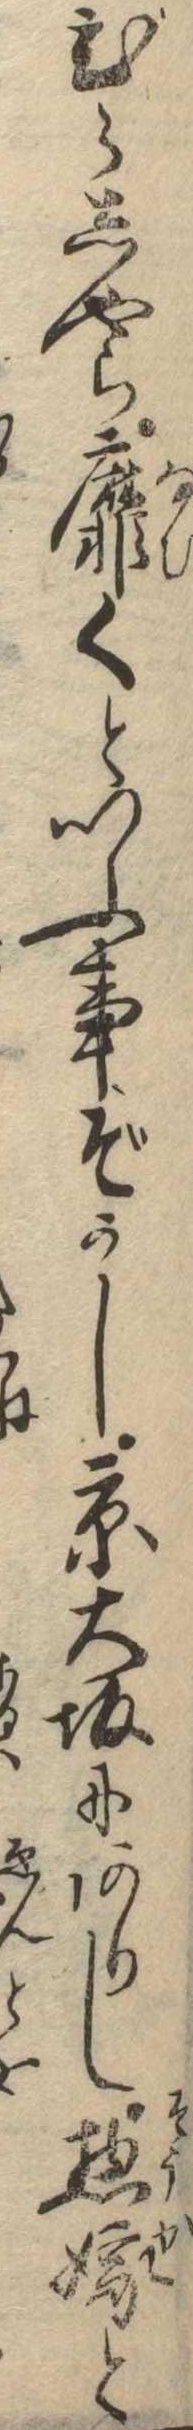
びらしやら靡くといふ事ぞかし京大坂にありし惣嫁と